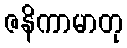
ဇနိကာမာတု